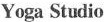
Yopa Stuxliu